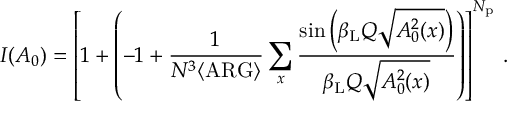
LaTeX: I ( A _ { 0 } ) = \left[ 1 + \left( - 1 + \frac { 1 } { N ^ { 3 } \langle \mathrm { A R G } \rangle } \sum _ { x } \frac { \sin \left( \beta _ { \mathrm { L } } Q \sqrt { A _ { 0 } ^ { 2 } ( x ) } \right) } { \beta _ { \mathrm { L } } Q \sqrt { A _ { 0 } ^ { 2 } ( x ) } } \right) \right] ^ { N _ { \mathrm { p } } } \, .